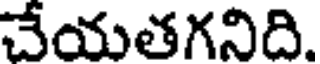
చేయతగనిది.